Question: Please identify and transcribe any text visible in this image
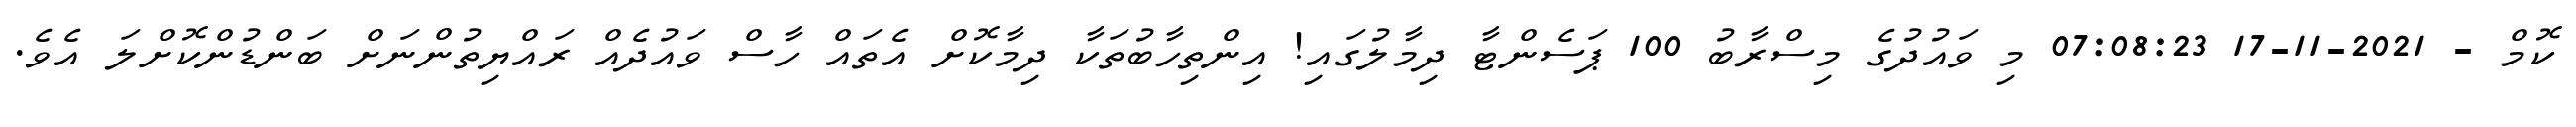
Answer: ކޮމް - 2021-11-17 07:08:23 މި ވައުދުގެ މިސްރާބު 100 ޕަސެންޓާ ދިމާލުގައި! އިންތިހާބުތަކާ ދިމާކޮށް އެތައް ހާސް ވައުދެއް ރައްޔިތުންނަށް ބަންޑުންކޮށްލަ އެވެ.